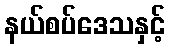
နယ်စပ်ဒေသနှင့်